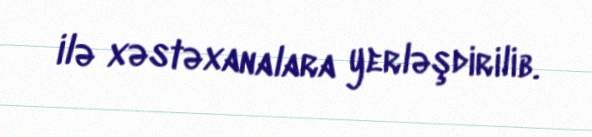
ilə xəstəxanalara yerləşdirilib.